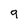
Character: 9